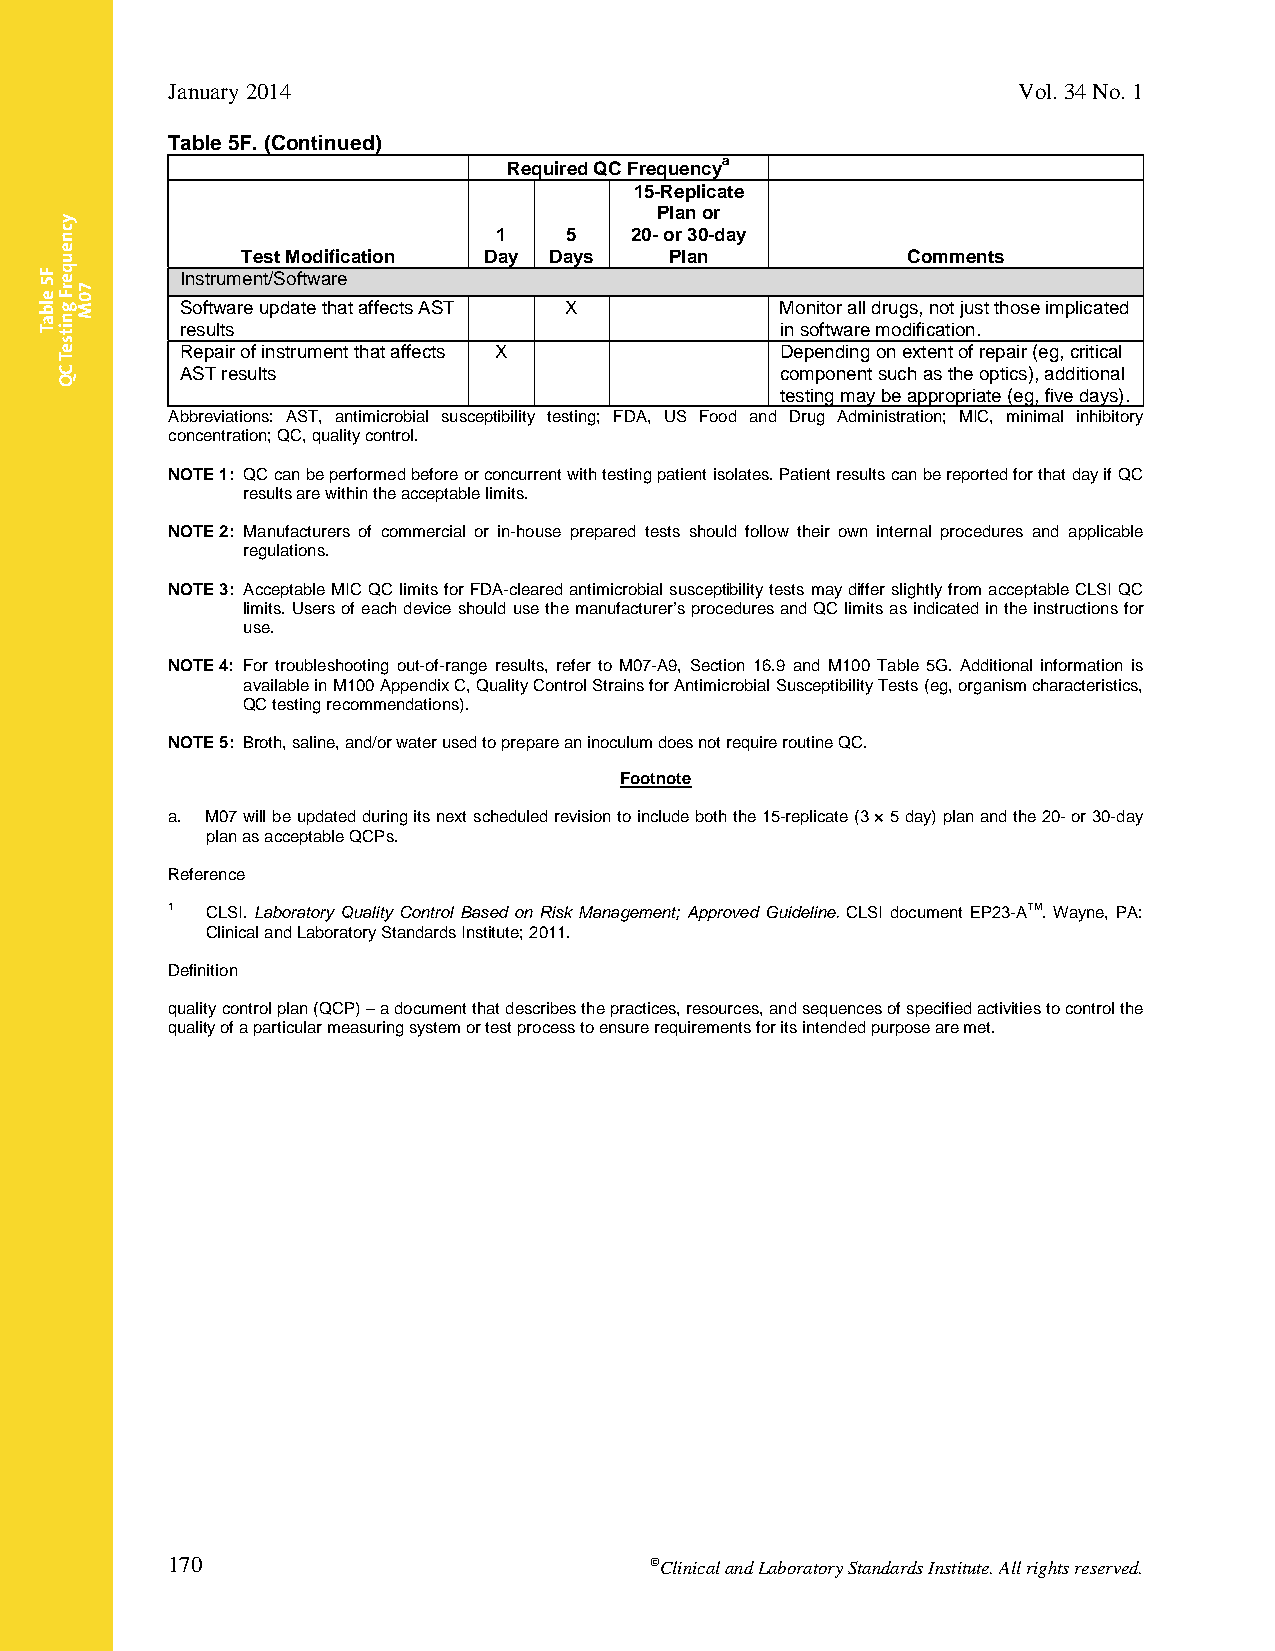
January 2014                                            Vol. 34 No. 1
 Table 5F. (Continued)
 Required QC
 Frequencya
 15-Replicate
 Plan or
 1   5    20- or 30-day
 Test Modification Day Days  Plan            Comments
 Instrument/Software
 Software update that affects AST X      Monitor all drugs, not just those implicated
 results                                 in software modification.
 Repair of instrument that affects X     Depending on extent of repair (eg, critical
 AST results                             component such as the optics), additional
 testing may be appropriate (eg, five days).
 Abbreviations: AST, antimicrobial susceptibility testing; FDA, US Food and Drug Administration; MIC, minimal inhibitory
 concentration; QC, quality control.
 NOTE 1: QC can be performed before or concurrent with testing patient isolates. Patient results can be reported for that day if QC
 results are within the acceptable limits.
 NOTE 2: Manufacturers of commercial or in-house prepared tests should follow their own internal procedures and applicable
 regulations.
 NOTE 3: Acceptable MIC QC limits for FDA-cleared antimicrobial susceptibility tests may differ slightly from acceptable CLSI QC
 limits. Users of each device should use the manufacturer’s procedures and QC limits as indicated in the instructions for
 use.
 NOTE 4: For troubleshooting out-of-range results, refer to M07-A9, Section 16.9 and M100 Table 5G. Additional information is
 available in M100 Appendix C, Quality Control Strains for Antimicrobial Susceptibility Tests (eg, organism characteristics,
 QC testing recommendations).
 NOTE 5: Broth, saline, and/or water used to prepare an inoculum does not require routine QC.
 Footnote
 a. M07 will be updated during its next scheduled revision to include both the 15-replicate (3 × 5 day) plan and the 20- or 30-day
 plan as acceptable QCPs.
 Reference
 1  CLSI. Laboratory Quality Control Based on Risk Management; Approved Guideline. CLSI document EP23-ATM. Wayne, PA:
 Clinical and Laboratory Standards Institute; 2011.
 Definition
 quality control plan (QCP) – a document that describes the practices, resources, and sequences of specified activities to control the
 quality of a particular measuring system or test process to ensure requirements for its intended purpose are met.
 170                             Clinical and Laboratory Standards Institute. All rights reserved.
 Thisdocumentisprotectedbycopyright.
 PublishedOn1/1/2014.
 F5
 elbaT
 ycneuqerF
 gnitseT
 CQ
 70M